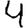
Digit: 4